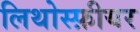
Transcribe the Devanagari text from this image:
लिथोस्फ़ीयर